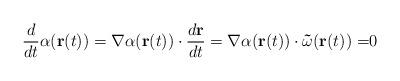
LaTeX: \begin{align*}\frac{d}{dt}\alpha (\mathbf{r}(t))=\mathbf{\nabla }\alpha (\mathbf{r}(t))\cdot \frac{d\mathbf{r}}{dt}=\mathbf{\nabla }\alpha (\mathbf{r}(t))\cdot \mathbf{\vec{\omega}(r(}t\mathbf{))=}0 \end{align*}